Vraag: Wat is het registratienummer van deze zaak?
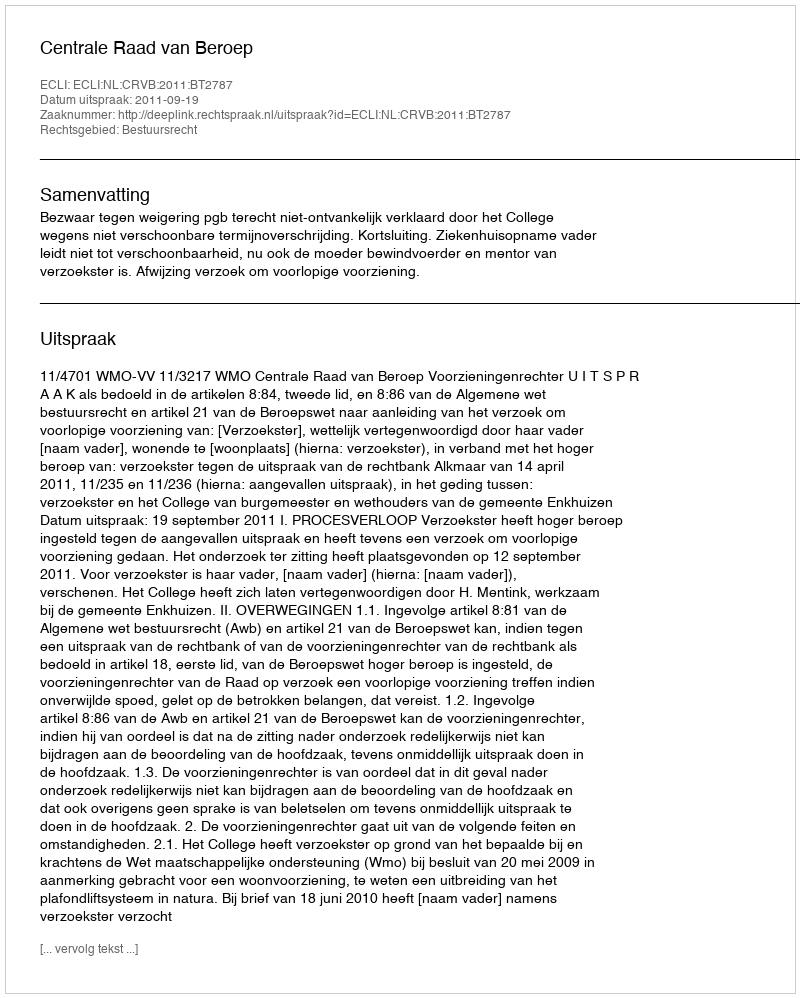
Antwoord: http://deeplink.rechtspraak.nl/uitspraak?id=ECLI:NL:CRVB:2011:BT2787